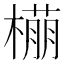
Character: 𬄡